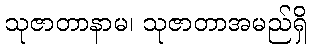
သုဇာတာနာမ၊ သုဇာတာအမည်ရှိ